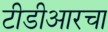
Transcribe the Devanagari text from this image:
टीडीआरचा